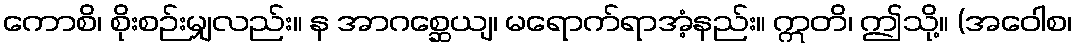
ကောစိ၊ စိုးစဉ်းမျှလည်း။ န အာဂစ္ဆေယျ၊ မရောက်ရာအံ့နည်း။ ဣတိ၊ ဤသို့။ (အဝေါစ၊